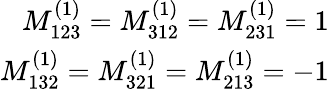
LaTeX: \begin{array}{r}{M_{123}^{(1)}=M_{312}^{(1)}=M_{231}^{(1)}=1}\\ {M_{132}^{(1)}=M_{321}^{(1)}=M_{213}^{(1)}=-1}\end{array}